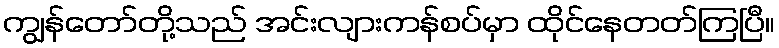
ကျွန်တော်တို့သည် အင်းလျားကန်စပ်မှာ ထိုင်နေတတ်ကြပြီ။